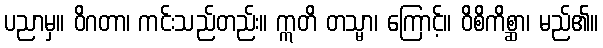
ပညာမှ။ ဝိဂတာ၊ ကင်းသည်တည်း။ ဣတိ တသ္မာ၊ ကြောင့်။ ဝိစိကိစ္ဆာ၊ မည်၏။